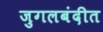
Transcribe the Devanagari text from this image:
जुगलबंदीत